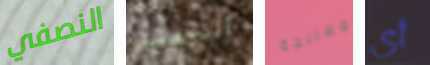
النصفي القرفصاء بمعالجة أي